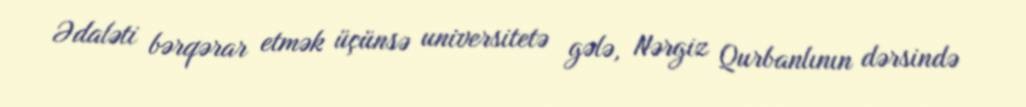
Ədaləti bərqərar etmək üçünsə universitetə gələ, Nərgiz Qurbanlının dərsində